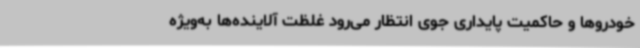
خودروها و حاکمیت پایداری جوی انتظار می‌رود غلظت آلاینده‌ها به‌ویژه